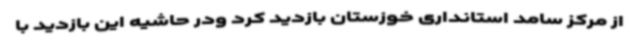
از مرکز سامد استانداری خوزستان بازدید کرد ودر حاشیه این بازدید با